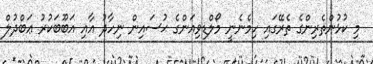
މި ކުޅުންތެރިންގެ ތެރޭގައި ހިމެނެނީ މޯލްޑިވިއަންގެ ޙުސައިން ނިހާދު އާއި އަބޫބަކުރު ޢަބްދުލް